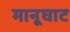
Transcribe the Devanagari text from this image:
मानूघाट